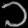
Digit: ၁